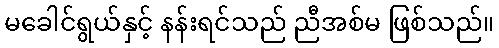
မခေါင်ရွယ်နှင့် နန်းရင်သည် ညီအစ်မ ဖြစ်သည်။